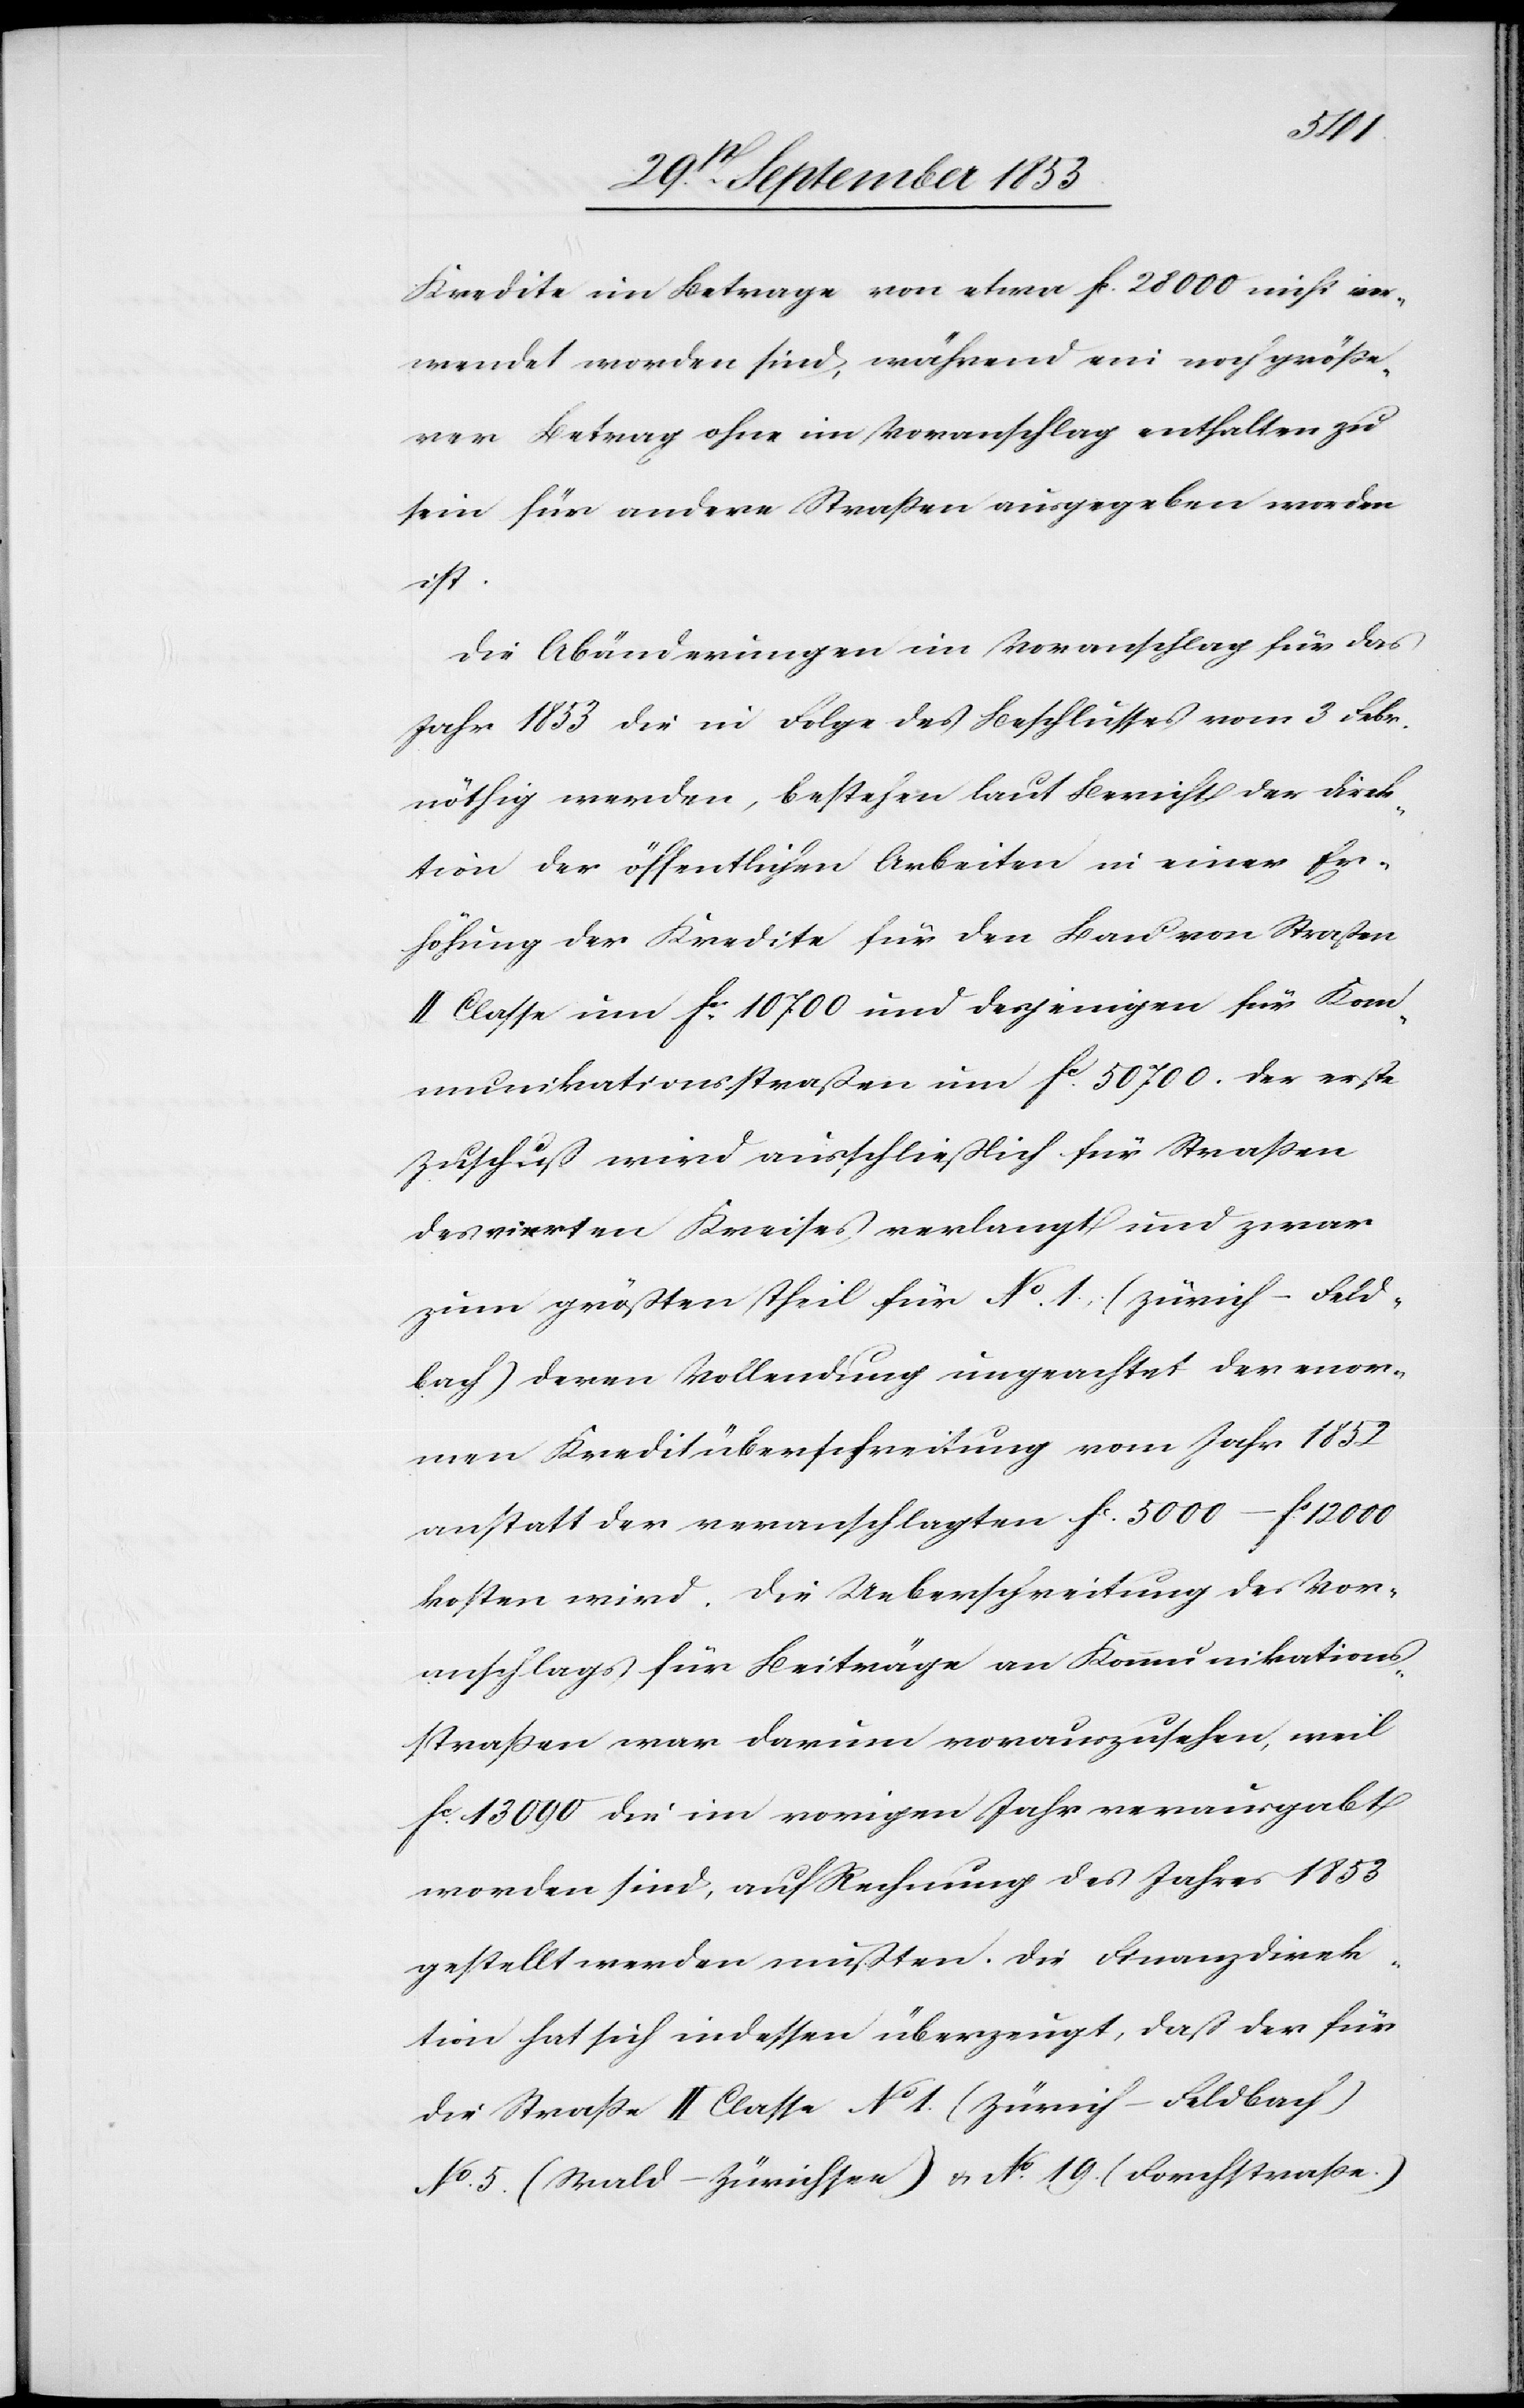
Kredite im Betrage von etwa fc 28 000 nicht ver¬
wendet worden sind, während ein noch größe¬
rer Betrag ohne im Voranschlag enthalten zu
sein für andere Straßen ausgegeben worden
ist.
Die Abänderungen im Voranschlag für das
Jahr 1853 die in Folge des Beschlusses vom 3 Febr.
nöthig werden, bestehen laut Bericht der Direk¬
tion der öffentlichen Arbeiten in einer Er¬
höhung der Kredite für den Bau von Straßen
II. Classe um fcs 10 700 und desjenigen für Kom¬
munikationsstraßen um fc 50 700. Der erste
Zuschuß wird ausschließlich für Straßen
des vierten Kreises verlangt und zwar
zum größten Theil für N° 1 (Zürich–Feld¬
bach) deren Vollendung ungeachtet der enor¬
men Kreditüberschreitung vom Jahr 1852
anstatt der veranschlagten fc 5000–fc 12 000
kosten wird. Die Ueberschreitung des Vor¬
anschlages für Beiträge an Kommunikations¬
straßen war darum vorauszusehen, weil
fc 13 090 die im vorigen Jahr verausgabt
worden sind, auf Rechnung des Jahres 1853
gestellt werden mußten. Die Finanzdirek¬
tion hat sich indessen überzeugt, daß der für
die Straße II. Classe N° 1 (Zürich–Feldbach)
N° 5 (Wald–Zürichsee) u. N° 19 (Forchstraße)